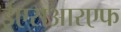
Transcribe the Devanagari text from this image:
ईएसआरएफ